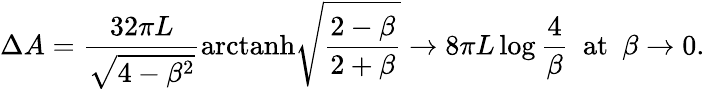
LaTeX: \Delta A=\frac{32\pi L}{\sqrt{4-\beta^{2}}}\mathrm{arctanh}\sqrt{\frac{2-\beta}{2+\beta}}\to 8\pi L\log\frac{4}{\beta}\, \, \, \mathrm{at}\, \, \, \beta\to 0.